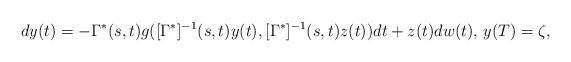
LaTeX: \begin{align*}dy(t)= -\Gamma^*(s,t)g([\Gamma^*]^{-1}(s,t)y(t),[\Gamma^*]^{-1}(s,t)z(t))dt+ z(t) dw(t),\, y(T)=\zeta,\end{align*}